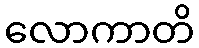
လောကာတိ